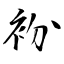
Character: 衯